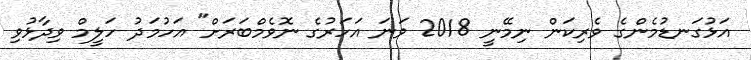
އަޅުގަނޑުމެންގެ ވެރިކަން ނިމޭނީ 2018 ވަނަ އަހަރުގެ ނޮވެމްބަރަށް" އަހުމަދު ހަލީމް ވިދާޅުވި